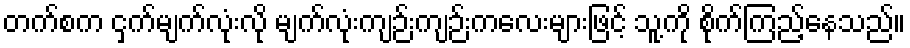
တက်စက ငှက်မျက်လုံးလို မျက်လုံးကျဉ်းကျဉ်းကလေးများဖြင့် သူ့ကို စိုက်ကြည့်နေသည်။